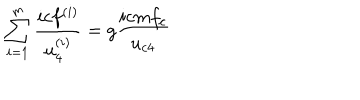
\sum _ { i = 1 } ^ { m } \frac { i c f ^ { ( i ) } } { u _ { 4 } ^ { ( i ) } } = g \frac { i c m f _ { c } } { u _ { c 4 } }